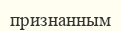
признанным